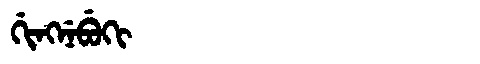
Manchu: ᡤᡳᠩᠨᡝᠪᡠᡴᡳ
Romanization: GINGNEBUKI